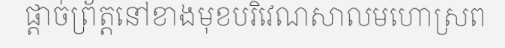
ផ្តាច់ព្រ័ត្តនៅខាងមុខបរិវេណសាលមហោស្រព